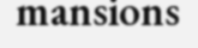
mansions